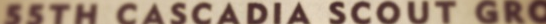
SSTH CASCADIA SCOUT GRC